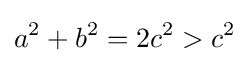
a^{2}+b^{2}=2c^{2}>c^{2}